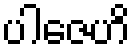
ပါဇေဟိ